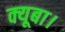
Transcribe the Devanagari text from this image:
क्यूबा।